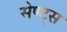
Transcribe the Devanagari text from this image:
सेण्ट्स